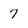
Character: 7